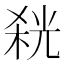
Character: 𭪬